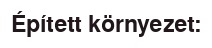
Épített környezet: